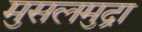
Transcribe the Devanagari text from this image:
मुसलमुद्रा